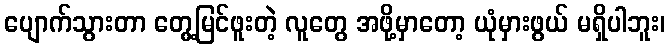
ပျောက်သွားတာ တွေ့မြင်ဖူးတဲ့ လူတွေ အဖို့မှာတော့ ယုံမှားဖွယ် မရှိပါဘူး၊